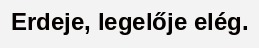
Erdeje, legelője elég.